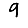
Digit: 9